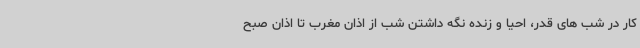
کار در شب های قدر، احیا و زنده نگه داشتن شب از اذان مغرب تا اذان صبح